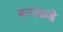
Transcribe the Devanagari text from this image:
बनाकडे